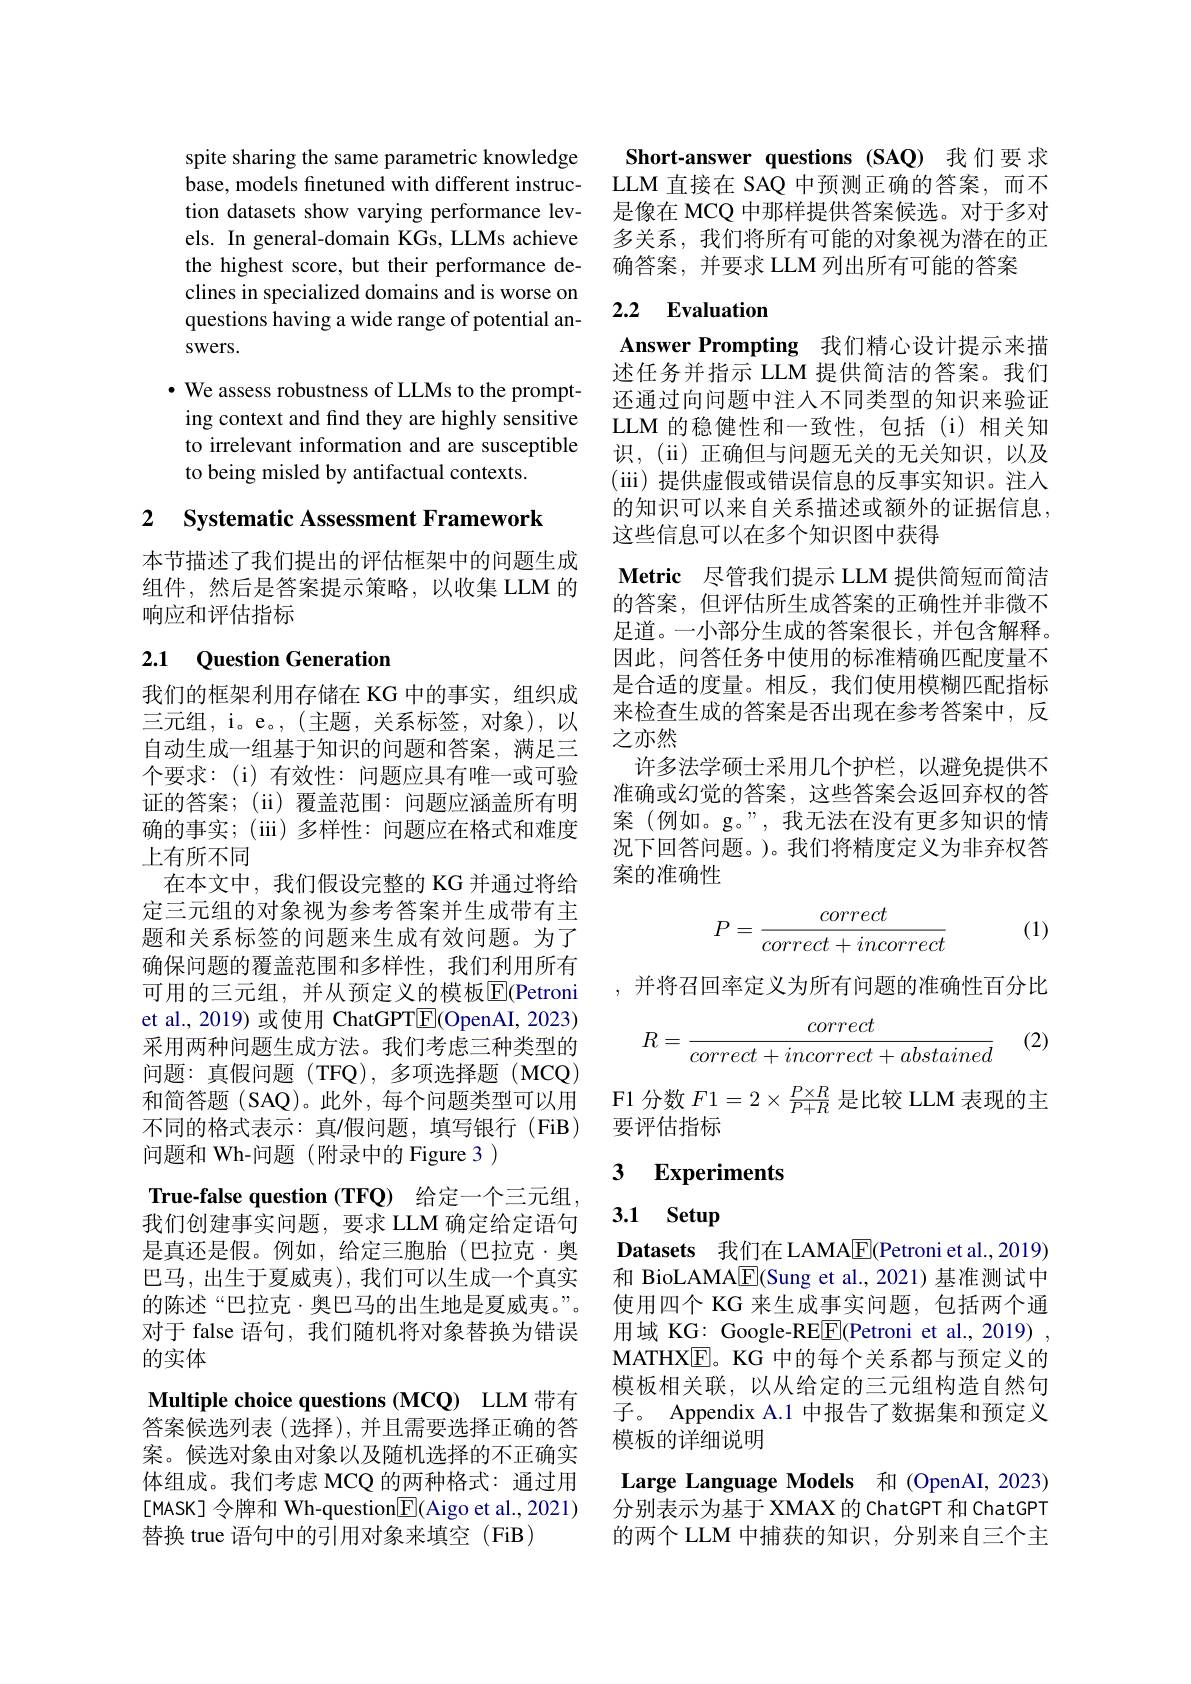
spite sharing the same parametric knowledge base, models finetuned with different instruction datasets show varying performance levels. In general-domain KGs, LLMs achieve the highest score, but their performance declines in specialized domains and is worse on questions having a wide range of potential answers.

$•$ We assess robustness of LLMs to the prompting context and find they are highly sensitive to irrelevant information and are susceptible to being misled by antifactual contexts

2 $\textbf{Systematic Assessment Framework}$

本节描述了我们提出的评估框架中的问题生成组件，然后是答案提示策略，以收集 LLM 的响应和评估指标

## 2.1 Question Generation

我们的框架利用存储在 KG 中的事实，组织成三元组，i。e。,(主题，关系标签，对象),以自动生成一组基于知识的问题和答案，满足三个要求：(i)有效性：问题应具有唯一或可验证的答案；(ii)覆盖范围：问题应涵盖所有明确的事实；(iii)多样性：问题应在格式和难度上有所不同
在本文中，我们假设完整的 KG 并通过将给定三元组的对象视为参考答案并生成带有主题和关系标签的问题来生成有效问题。为了确保问题的覆盖范围和多样性，我们利用所有可用的三元组，并从预定义的模板$\overline{\mathrm{E}}($Petroni et al., 2019) 或使用 ChatGPT$\boxed{\mathrm{E}}($OpenAI, 2023) 采用两种问题生成方法。我们考虑三种类型的问题：真假问题(TFQ),多项选择题(MCQ) 和简答题(SAQ)。此外，每个问题类型可以用不同的格式表示：真/假问题，填写银行(FiB) 问题和 Wh-问题(附录中的 Figure 3 )
True-false question (TFQ) 给定一个三元组， 我们创建事实问题，要求 LLM 确定给定语句是真还是假。例如，给定三胞胎(巴拉克·奥巴马，出生于夏威夷),我们可以生成一个真实的陈述“巴拉克·奥巴马的出生地是夏威夷。”。对于 false 语句，我们随机将对象替换为错误的实体
Multiple choice questions (MCQ) LLM 带有答案候选列表 (选择), 并且需要选择正确的答案。候选对象由对象以及随机选择的不正确实体组成。我们考虑 MCQ 的两种格式：通过用[MASK] 令牌和 Wh-question$\underline{\mathrm{E}}($Aigo et al., 2021) 替换 true 语句中的引用对象来填空 (FiB)

Short-answer questions (SAQ) 我们要求LLM 直接在 SAQ 中预测正确的答案，而不是像在 MCQ 中那样提供答案候选。对于多对多关系，我们将所有可能的对象视为潜在的正确答案，并要求 LLM 列出所有可能的答案

## 2.2 Evaluation

Answer Prompting 我们精心设计提示来描述任务并指示 LLM 提供简洁的答案。我们还通过向问题中注人不同类型的知识来验证LLM 的稳健性和一致性，包括(i)相关知识，(ii)正确但与问题无关的无关知识，以及(iii)提供虚假或错误信息的反事实知识。注人的知识可以来自关系描述或额外的证据信息， 这些信息可以在多个知识图中获得

Metric 尽管我们提示 LLM 提供简短而简洁的答案，但评估所生成答案的正确性并非微不足道。一小部分生成的答案很长，并包含解释。因此，问答任务中使用的标准精确匹配度量不是合适的度量。相反，我们使用模糊匹配指标来检查生成的答案是否出现在参考答案中，反之亦然
许多法学硕士采用几个护栏，以避免提供不准确或幻觉的答案，这些答案会返回弃权的答案 (例如。g。”,我无法在没有更多知识的情况下回答问题。)。我们将精度定义为非弃权答案的准确性
$$P=\frac{correct}{correct+incorrect}$$
(1)

,并将召回率定义为所有问题的准确性百分比

(2)
$$R=\frac{correct}{correct+incorrect+abstained}$$
F1 分数$F1=2\times\frac{P\times R}{P+R}$是比较 LLM 表现的主
要评估指标

### 3 $\textbf{Experiments}$

# 3.1 Setup

Datasets 我们在 LAMA$\boxed{\mathrm{F}}($Petroni et al.,2019) 和 BioLAMA$\boxed{\mathrm{E}}$(Sung et al.,2021)基准测试中使用四个 KG 来生成事实问题，包括两个通用域 KG: Google-RE$\boxed{\mathrm{F}}($Petroni et al.,2019) , MATHX$\boxed{\mathrm{E}}$。KG 中的每个关系都与预定义的模板相关联，以从给定的三元组构造自然句子。Appendix A.1 中报告了数据集和预定义模板的详细说明
Large Language Models 和 (OpenAI, 2023) 分别表示为基于 XMAX 的 ChatGPT 和 ChatGPT 的两个 LLM 中捕获的知识，分别来自三个主